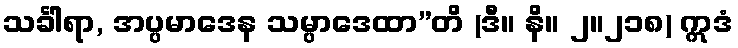
သင်္ခါရာ, အပ္ပမာဒေန သမ္ပာဒေထာ”တိ (ဒီ။ နိ။ ၂။၂၁၈) ဣဒံ